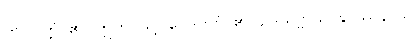
ကို။ ဝုတ္တံ၊ ၏။ ဣတိ၊ သို့။ ဝေဒိတဗ္ဗံ၊ ၏။ ဥဒယဗ္ဗ ယာနုပဿနာယ၊